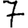
Digit: 7